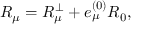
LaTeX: { \cal R } _ { \mu } = R _ { \mu } ^ { \perp } + e _ { \mu } ^ { ( 0 ) } R _ { 0 } ,